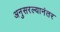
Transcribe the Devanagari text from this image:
अनुसरल्यानंतर